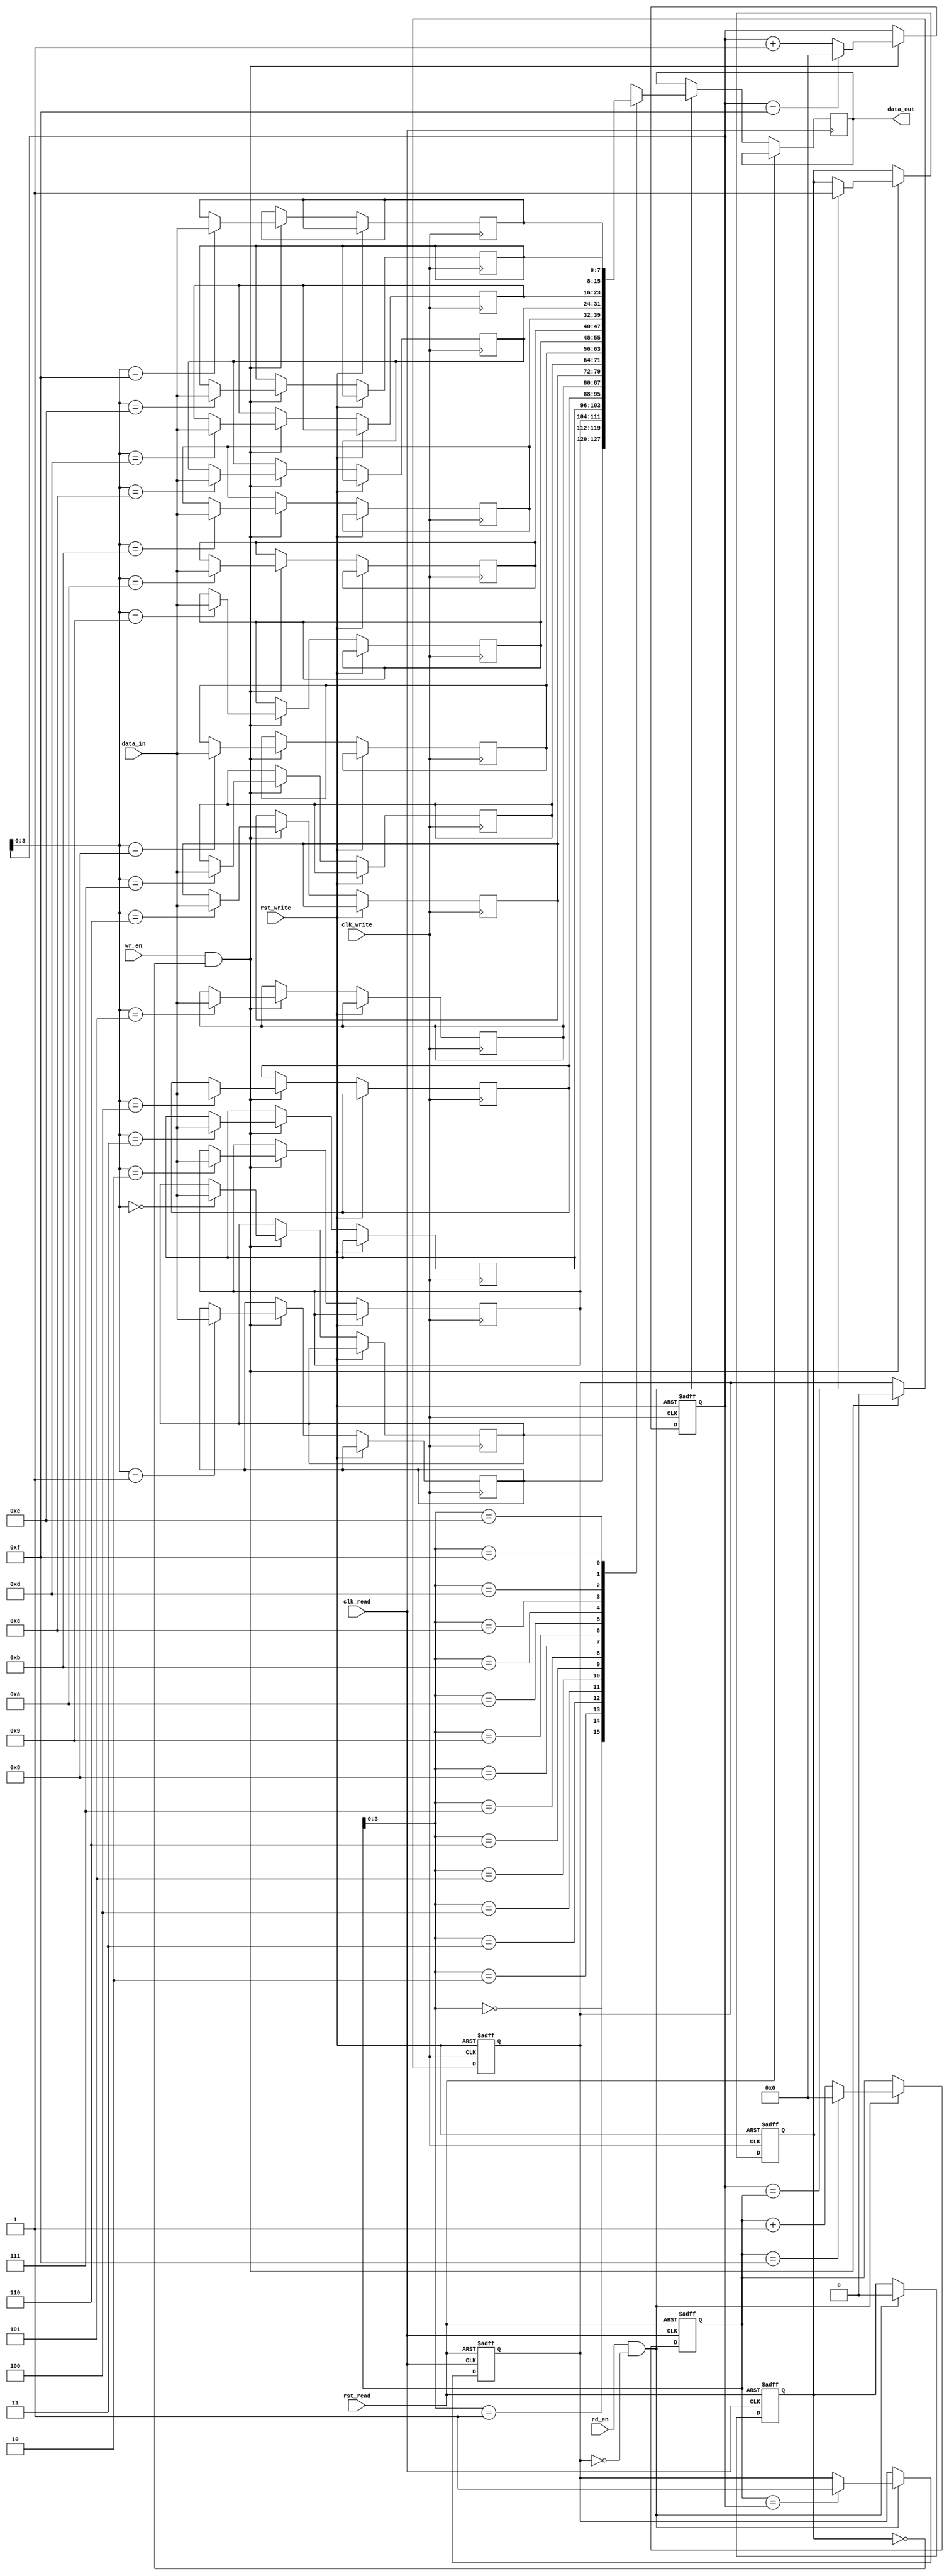
module fifo_buffer (
    input wire clk_write,
    input wire rst_write,
    input wire [DATA_WIDTH-1:0] data_in,
    input wire wr_en,
    input wire clk_read,
    input wire rst_read,
    output reg [DATA_WIDTH-1:0] data_out,
    input wire rd_en
    );

    parameter DATA_WIDTH = 8;
    parameter DEPTH = 16;

    reg [DATA_WIDTH-1:0] memory [0:DEPTH-1];
    reg [DATA_WIDTH-1:0] read_ptr, write_ptr;
    reg full, empty;

    // Write logic
    always @(posedge clk_write or posedge rst_write)
    begin
        if (rst_write)
        begin
            write_ptr <= 0;
            full <= 0;
            empty <= 1;
        end
        else if (wr_en && !full)
        begin
            memory[write_ptr] <= data_in;
            write_ptr <= write_ptr + 1;
            if (write_ptr == DEPTH-1)
                write_ptr <= 0;
            empty <= 0;
            if (write_ptr == read_ptr)
                full <= 1;
        end
    end

    // Read logic
    always @(posedge clk_read or posedge rst_read)
    begin
        if (rst_read)
        begin
            read_ptr <= 0;
            full <= 0;
            empty <= 1;
        end
        else if (rd_en && !empty)
        begin
            data_out <= memory[read_ptr];
            read_ptr <= read_ptr + 1;
            if (read_ptr == DEPTH-1)
                read_ptr <= 0;
            full <= 0;
            if (read_ptr == write_ptr)
                empty <= 1;
        end
    end

endmodule